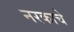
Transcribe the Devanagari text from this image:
नरकाचे